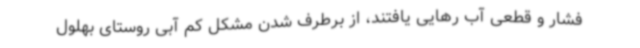
فشار و قطعی آب رهایی یافتند، از برطرف شدن مشکل کم آبی روستای بهلول